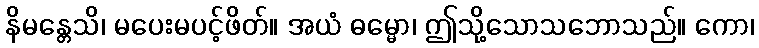
နိမန္တေသိ၊ မပေးမပင့်ဖိတ်။ အယံ ဓမ္မော၊ ဤသို့သောသဘောသည်။ ကော၊